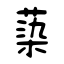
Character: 蒅